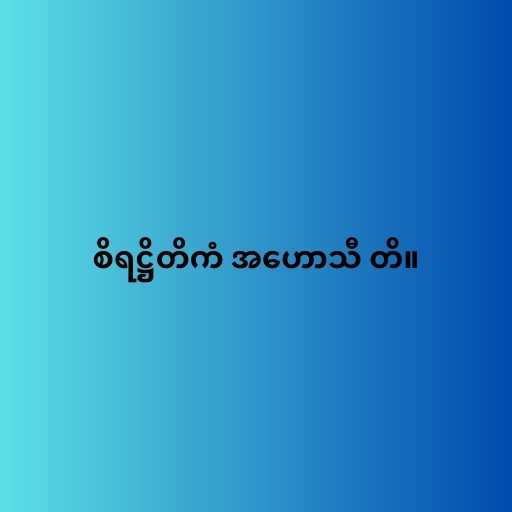
စိရဋ္ဌိတိကံ အဟောသီ တိ။